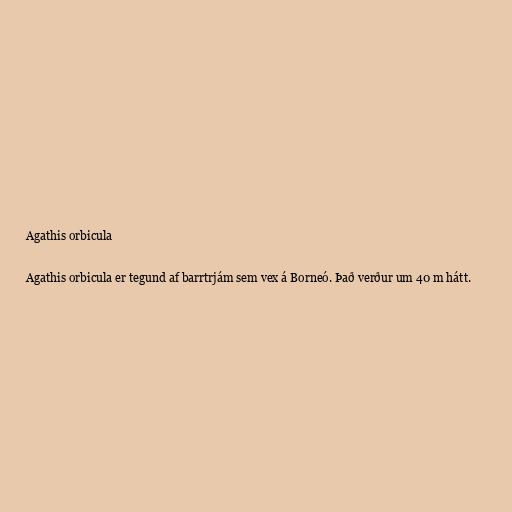
Agathis orbicula

Agathis orbicula er tegund af barrtrjám sem vex á Borneó. Það verður um 40 m hátt.